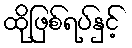
ထိုဖြစ်ရပ်နှင့်